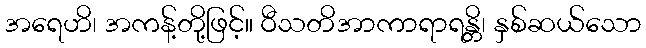
အရေဟိ၊ အကန့်တို့ဖြင့်။ ဝီသတိအာကာရာရန္တိ၊ နှစ်ဆယ်သော